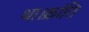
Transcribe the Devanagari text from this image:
था।क्रांति